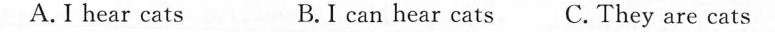
A. I hear cats B. I can hear cats C. They are cats